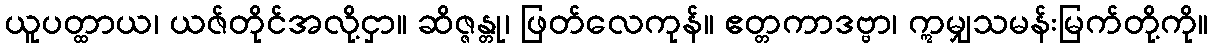
ယူပတ္ထာယ၊ ယဇ်တိုင်အလို့ငှာ။ ဆိဇ္ဇန္တု၊ ဖြတ်လေကုန်။ ဧတ္တကာဒဗ္ဗာ၊ ဣမျှသမန်းမြက်တို့ကို။